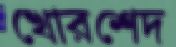
খোরশেদ